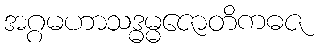
အဂ္ဂမဟာသဒ္ဓမ္မဇောတိကဓဇ